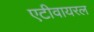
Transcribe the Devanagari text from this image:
एटीवायरल